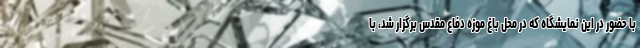
با حضور در این نمایشگاه که در محل باغ موزه دفاع مقدس برگزار شد، با